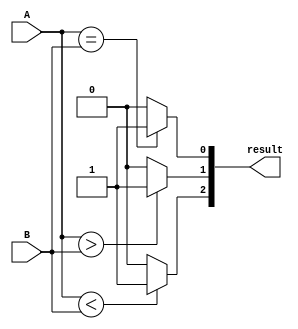
module parallel_comparator (
    input [7:0] A,
    input [7:0] B,
    output [2:0] result
);

assign result[0] = (A == B) ? 1'b1 : 1'b0; // equal
assign result[1] = (A > B) ? 1'b1 : 1'b0; // greater than
assign result[2] = (A < B) ? 1'b1 : 1'b0; // less than

endmodule